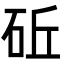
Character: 䂡